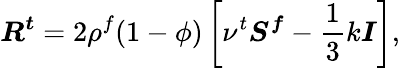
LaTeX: \boldsymbol{R^{t}}=2\rho^{f}(1-\phi)\left[\nu^{t}\boldsymbol{S^{f}}-\frac{1}{3}k\boldsymbol{I}\right],